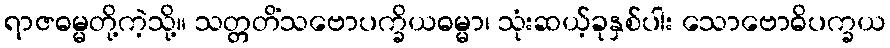
ရာဇဓမ္မတို့ကဲ့သို့။ သတ္တတိံသဗောပက္ခိယဓမ္မာ၊ သုံးဆယ့်ခုနှစ်ပါး သောဗောဓိပက္ခယ